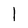
Character: 1